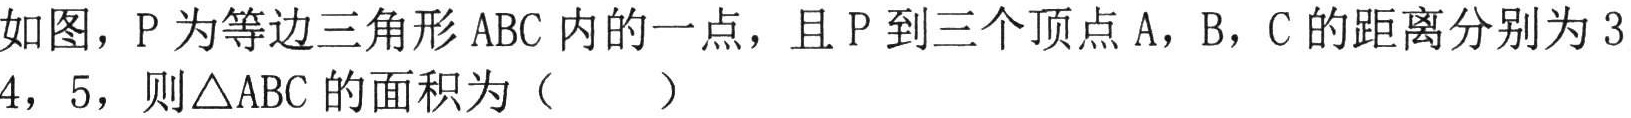
如图，\(P\)为等边三角形 \(ABC\)内的一点，且 \(P\)到三个顶点 \(A\)，\(B\)，\(C\)的距离分别为 \(3\)，\(4\)，\(5\)，则\(\triangle ABC\)的面积为（  ）